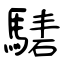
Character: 騞